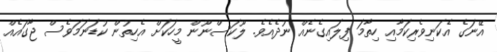
އޭނަގެ އެކަނިވެރިކަމާއި ހިތާމަ ފިލައިގެނެއް ނުދެއެވެ. ލޫކަސްނޫން މީހަކަށް އެހިތުން ކުޑަނަމަވެސް ޖާގައެއް